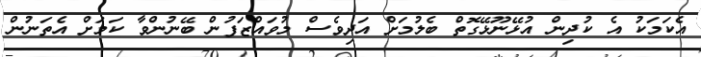
އެކަމަކު އެ ކުދިން އުޅޭނޫޅޭގޮތް ބެލުމަށް އަދިވެސް މުވައްޒަފުން ބޭނުންވާ ކަމަށް އެތަނުން